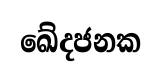
ඛේදජනක